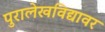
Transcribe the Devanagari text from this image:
पुरालेखविद्यावर